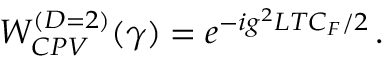
W _ { C P V } ^ { ( D = 2 ) } ( \gamma ) = e ^ { - i g ^ { 2 } L T C _ { F } / 2 } \, .